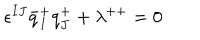
\epsilon ^ { I J } \bar { q } _ { I } ^ { + } q _ { J } ^ { + } + \lambda ^ { + + } = 0